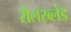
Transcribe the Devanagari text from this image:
रोलरब्लेड